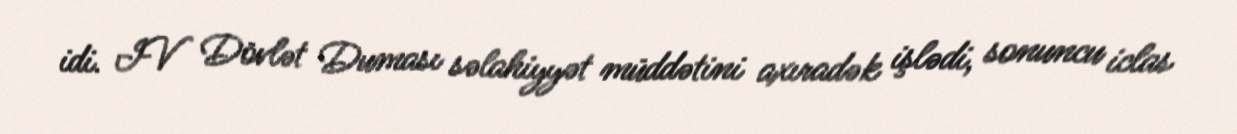
idi. IV Dövlət Duması səlahiyyət müddətini axıradək işlədi, sonuncu iclas